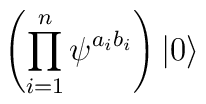
\left(\prod_{i=1}^n \psi^{a_i b_i} \right) | 0 \rangle